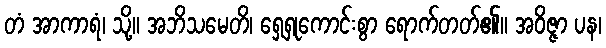
တံ အာကာရံ၊ သို့။ အဘိသမေတိ၊ ရှေ့ရှုကောင်းစွာ ရောက်တတ်၏။ အဝိဇ္ဇာ ပန၊